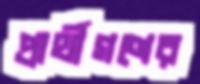
প্রার্থীগণের